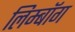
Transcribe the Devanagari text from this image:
लिम्बॉग